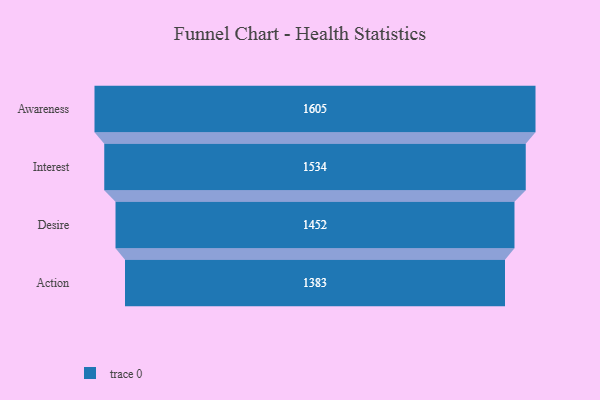
{"axis": {"x": "Stage", "y": "Value"}, "legend": [""], "data": [{"x": "Awareness", "y": 1605.0, "type": ""}, {"x": "Interest", "y": 1534.0, "type": ""}, {"x": "Desire", "y": 1452.0, "type": ""}, {"x": "Action", "y": 1383.0, "type": ""}]}